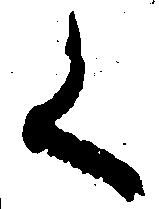
く